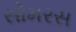
સોમરસ